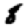
Digit: 8